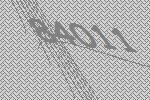
84011